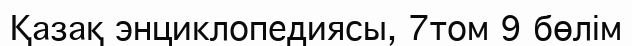
Қазақ энциклопедиясы, 7том 9 бөлім